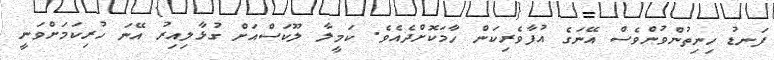
ފަނޑު ހިނިތުންވުންވެސް އޭނަގެ އުފާވެރިކަން ހާމަކޮށްދެއެވެ. ކަމީލާ ލޫކަސްއަށް ގުޅާލިއިރު އޭނަ ހުރިކަމަށްވަނީ